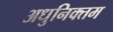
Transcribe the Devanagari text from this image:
अधुनिक्तम